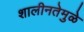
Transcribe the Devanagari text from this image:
शालीनतेमुळे